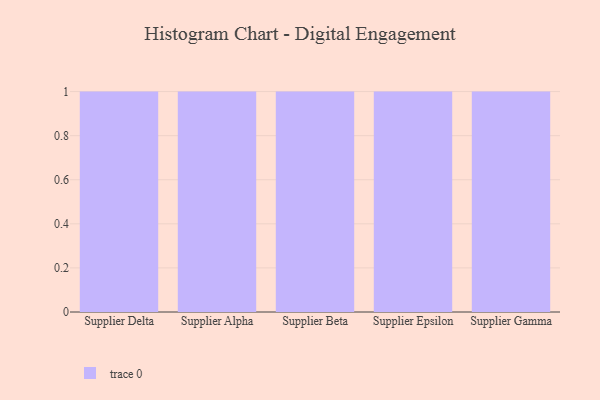
{"axis": {"x": "Supplier", "y": "Budget (USD K)"}, "legend": [""], "data": [{"x": "Supplier Delta", "y": 18, "type": ""}, {"x": "Supplier Alpha", "y": 29, "type": ""}, {"x": "Supplier Beta", "y": 5, "type": ""}, {"x": "Supplier Epsilon", "y": 55, "type": ""}, {"x": "Supplier Gamma", "y": 39, "type": ""}]}